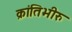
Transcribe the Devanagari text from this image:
क्रांतिभीरु